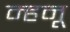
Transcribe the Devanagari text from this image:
म्हनू